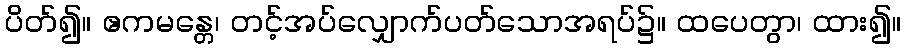
ပိတ်၍။ ဧကမန္တေ၊ တင့်အပ်လျှောက်ပတ်သောအရပ်၌။ ထပေတွာ၊ ထား၍။